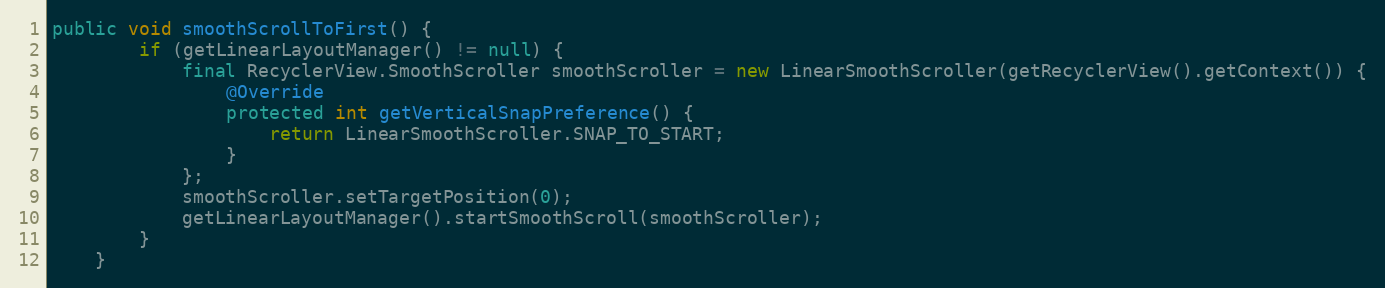
Language: Java
public void smoothScrollToFirst() {
        if (getLinearLayoutManager() != null) {
            final RecyclerView.SmoothScroller smoothScroller = new LinearSmoothScroller(getRecyclerView().getContext()) {
                @Override
                protected int getVerticalSnapPreference() {
                    return LinearSmoothScroller.SNAP_TO_START;
                }
            };
            smoothScroller.setTargetPosition(0);
            getLinearLayoutManager().startSmoothScroll(smoothScroller);
        }
    }